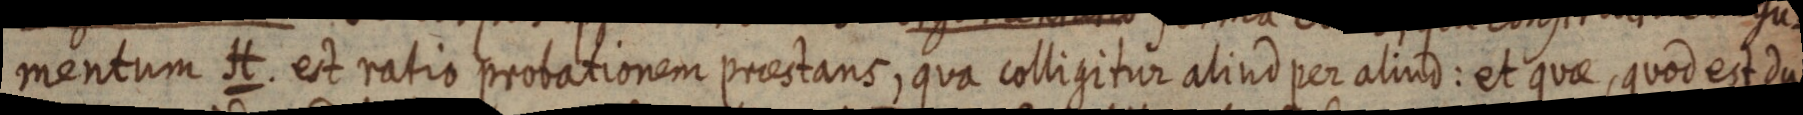
mentum H. est ratio probationem praestans, qua colligitur aliud per aliud: et quae, quod est du